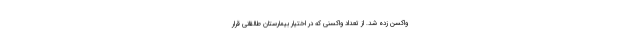
واکسن زده شد. از تعداد واکسنی که در اختیار بیمارستان طالقانی قرار